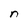
Character: n